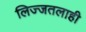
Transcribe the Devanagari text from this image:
लिज्जतलाही